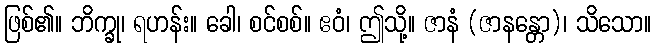
ဖြစ်၏။ ဘိက္ခု၊ ရဟန်း။ ခေါ၊ စင်စစ်။ ဧဝံ၊ ဤသို့။ ဇာနံ (ဇာနန္တော)၊ သိသော။